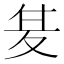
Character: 𭐣